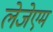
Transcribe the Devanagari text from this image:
लेजेएम